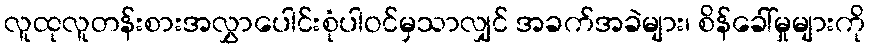
လူထုလူတန်းစားအလွှာပေါင်းစုံပါဝင်မှသာလျှင် အခက်အခဲများ၊ စိန်ခေါ်မှုများကို